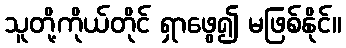
သူတို့ကိုယ်တိုင် ရှာဖွေ၍ မဖြစ်နိုင်။